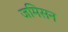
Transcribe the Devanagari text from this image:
जमिसन